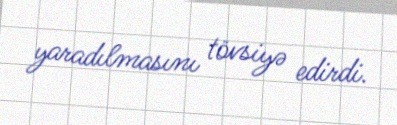
yaradılmasını tövsiyə edirdi.